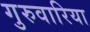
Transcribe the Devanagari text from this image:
गुरुवारिया